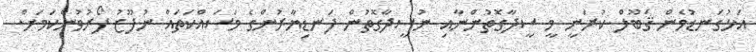
އަޅުގަނޑުމެން ޤަބޫލް ކުރަނީ މީ ސީދާގޮތުންނާއި ނުސީދާގޮތުން ފަނޑިޔާރުންގެ މަސައްކަތައް ނުފޫޒު ފޯރުވުންކަމަށް.